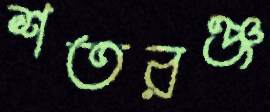
শতরঞ্জ